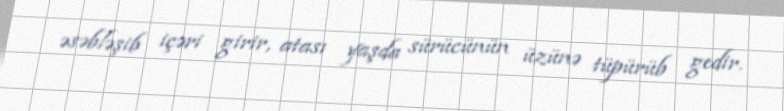
əsəbləşib içəri girir, atası yaşda sürücünün üzünə tüpürüb gedir.